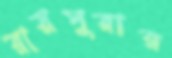
রায়পুরার